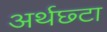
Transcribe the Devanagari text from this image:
अर्थछ्टा